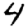
Digit: 4